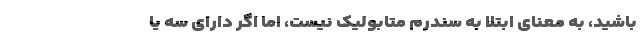
باشید، به معنای ابتلا به سندرم متابولیک نیست، اما اگر دارای سه یا